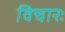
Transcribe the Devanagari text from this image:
विचारः